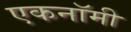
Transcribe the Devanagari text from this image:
एकनॉमी